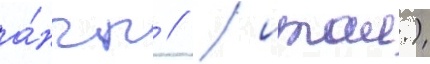
а́нгл // / итал.)